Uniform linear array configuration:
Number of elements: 4
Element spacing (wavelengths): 0.5
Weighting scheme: uniform
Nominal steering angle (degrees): -30
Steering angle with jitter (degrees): -29.954
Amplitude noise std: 0.05
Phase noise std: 0.05

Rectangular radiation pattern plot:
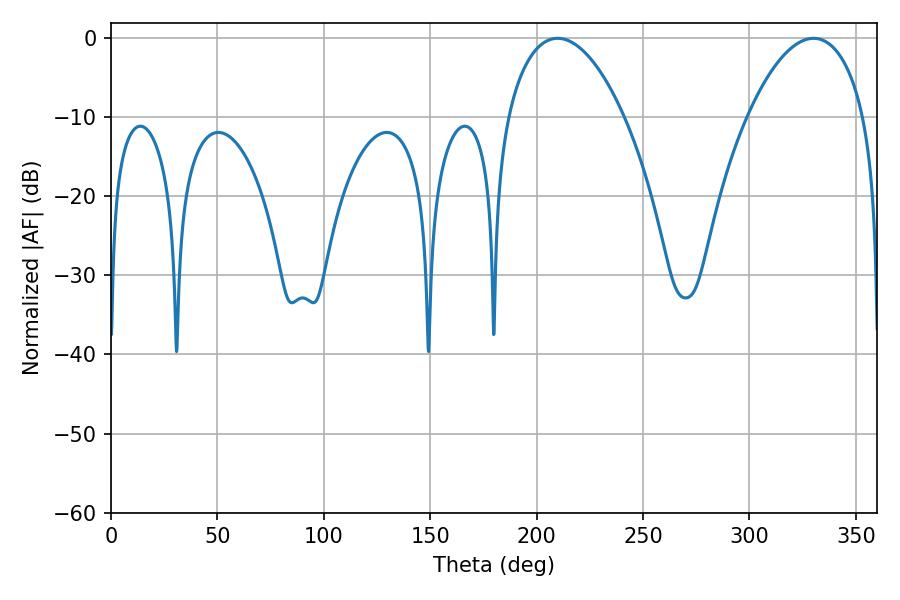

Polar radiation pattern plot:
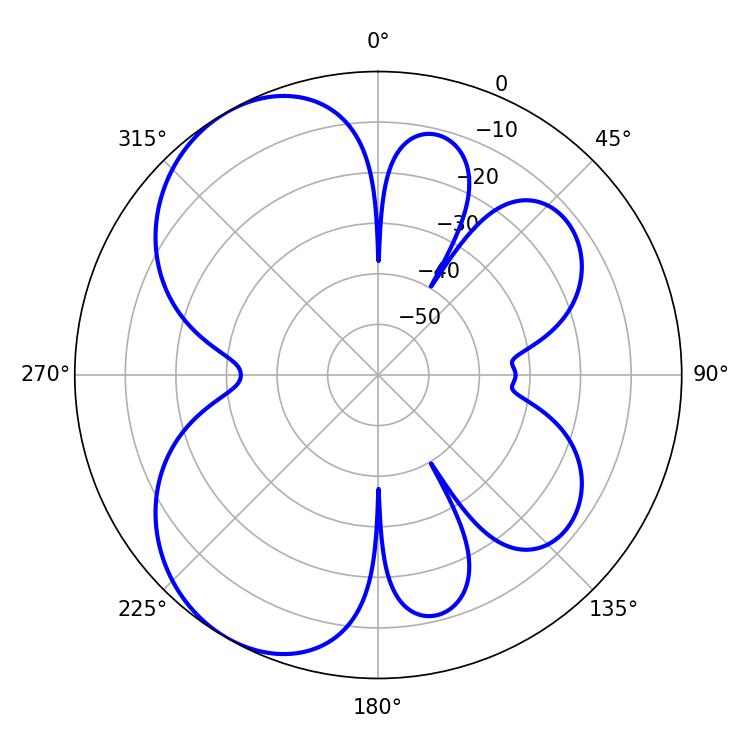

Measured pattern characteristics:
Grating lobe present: FALSE
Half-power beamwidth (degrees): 30.96
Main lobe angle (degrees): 209.88